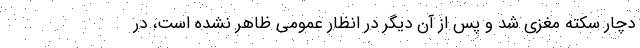
دچار سکته مغزی شد و پس از آن دیگر در انظار عمومی ظاهر نشده است، در